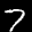
Label: 7